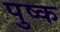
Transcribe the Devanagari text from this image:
पुष्क